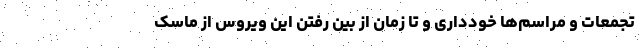
تجمعات و مراسم‌ها خودداری و تا زمان از بین رفتن این ویروس از ماسک